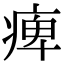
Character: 痺